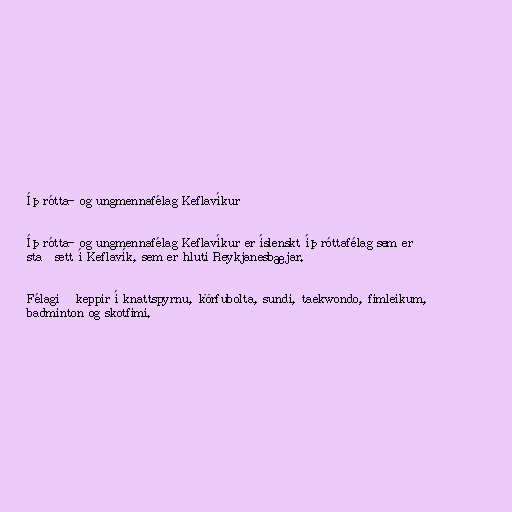
Íþrótta- og ungmennafélag Keflavíkur

Íþrótta- og ungmennafélag Keflavíkur er íslenskt íþróttafélag sem er
staðsett í Keflavík, sem er hluti Reykjanesbæjar.

Félagið keppir í knattspyrnu, körfubolta, sundi, taekwondo, fimleikum,
badminton og skotfimi.